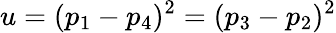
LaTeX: u=(p_{1}-p_{4})^{2}=(p_{3}-p_{2})^{2}